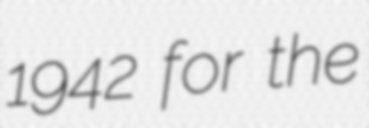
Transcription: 1942 for the